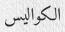
الكواليس